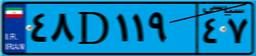
۹۴D۱۸۶۶۱